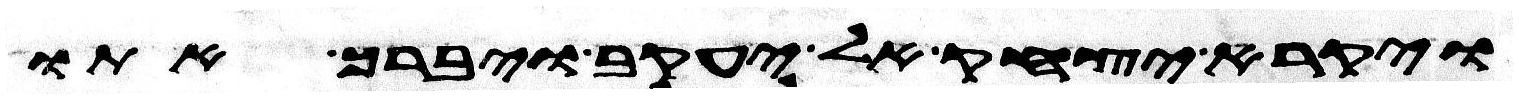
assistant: ויקרא יצחק אל יעקב ויברך אתו